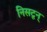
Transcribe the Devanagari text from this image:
निसटून्